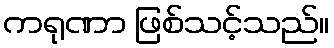
ကရုဏာ ဖြစ်သင့်သည်။